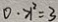
0 \cdot x ^ { 2 } = 3